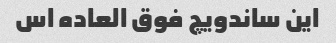
این ساندویچ فوق العاده اس